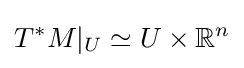
T^{*}M|_{U}\simeq U\times \mathbb {R} ^{n}